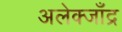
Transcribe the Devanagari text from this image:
अलेक्जाँद्र